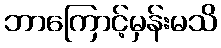
ဘာကြောင့်မှန်းမသိ